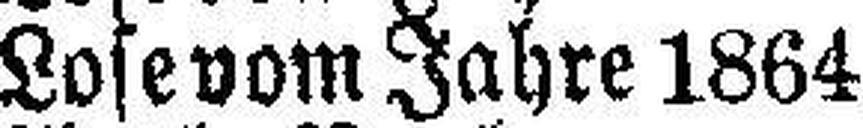
Losevom Jahre 1864